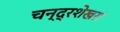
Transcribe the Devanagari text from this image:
चन्द्रशेखरां